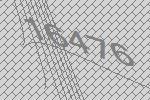
16476